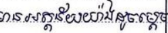
មានអត្ថន័យយ៉ាងដូចម្តេច